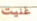
غنيت